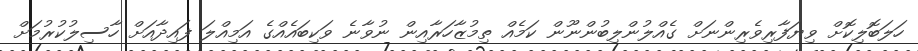
ހަލަބޮލިކޮށް ވިޔަފާރިވެރިންނަށް ގެއްލުންލިބުންނޫން ކަމެއް ތިމުޒާހަރާއިން ނުވާނެ ވަކިބައެއްގެ އަމިއްލަ ފައިދާއަށް ހާސިލުކުރުމަށް